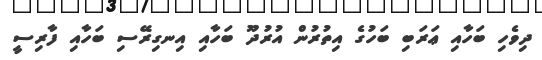
ދިވެހި ބަހާއި ޢަރަބި ބަހުގެ އިތުރުން އުރުދޫ ބަހާއި އިނގިރޭސި ބަހާއި ފާރިސީ